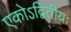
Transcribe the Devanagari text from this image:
एकोऽद्वितीयः